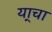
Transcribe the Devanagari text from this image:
या्चा